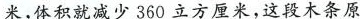
米，体积就减少360立方厘米，这段木条原